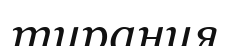
тирания